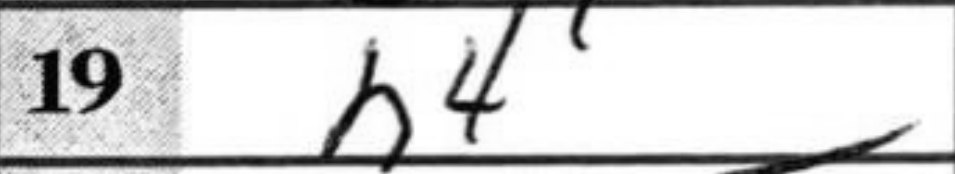
Transcription: h4